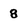
Character: 8